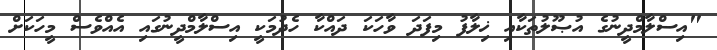
"އިސްލާމްދީނުގެ އުޞޫލުތަކާއި ޚިލާފު މިފަދަ ވާހަކަ ދައްކާ ހެދުމަކީ އިސްލާމްދީނުގައި އެއްވެސް މީހަކަށް